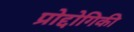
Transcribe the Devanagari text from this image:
प्रोद्दोगिकी